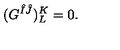
( G ^ { \hat { I } \hat { J } } ) _ { L } ^ { K } = 0 .